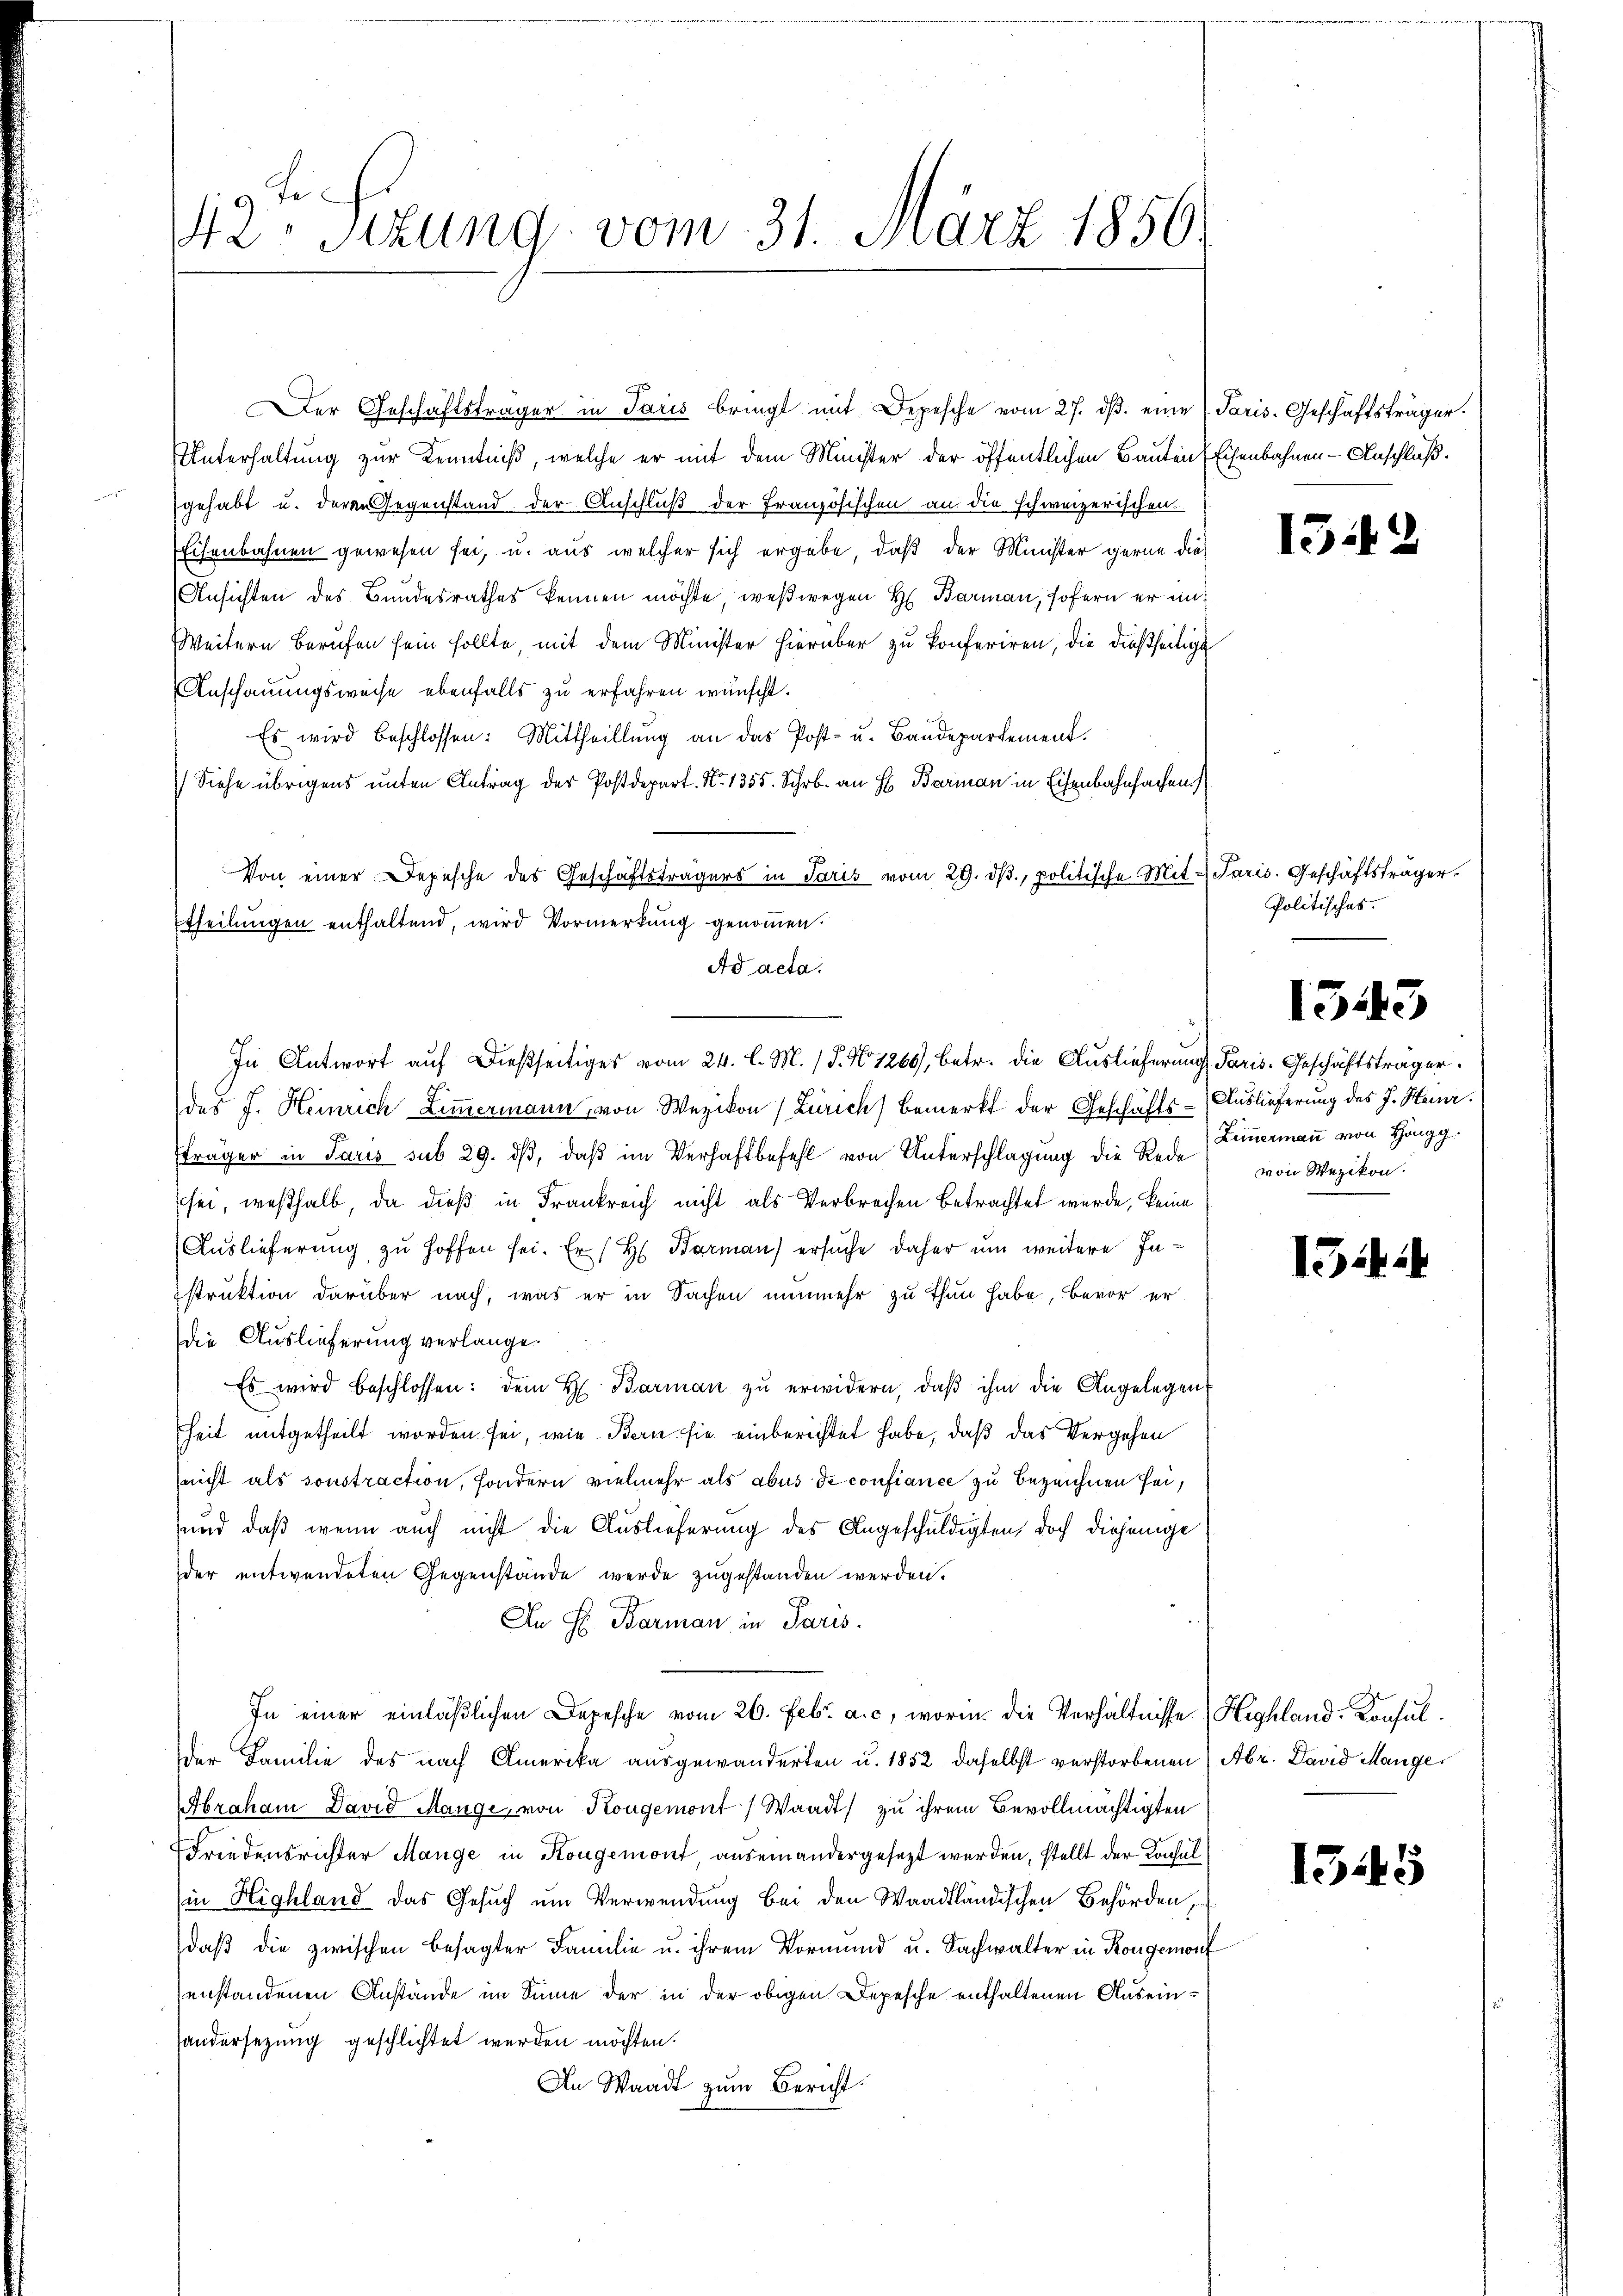
Fr
42. Sitzung vom 31. März 1856.

Der Geschäftsträger in Paris bringt mit Depesche vom 27. dβ. eine Paris. Geschäftsträger.
Unterhaltung zur Kenntniß, welche er mit dem Minister der öffentlichen Bauten Eisenbahnen - Anschluß.
gehabt u. deren Gegenstand der Anschluß der Französischen an die schweizerischen
Eisenbahnen gewesen sei, u. aus welcher sich ergäbe, daß der Minister gerne die¬

Ansichten des Bundesrathes kennen möchte; weßwegen H. Barmann, sofern er in
Weitern Berufen sein sollte, mit dem Minister hierüber zu konferiren, die dießseitige
Anschauungsweise ebenfalls zu erfahren wünscht.
Es wird beschlossen: Mittheillung an das Post- u. Baudepartement.
Siehe übrigens unten Antrag der Postdepart. No. 1355. Schr. an H. Baerman in Eisenbahnfachen
Von einer Depesche des Geschäftsträgers in Paris vom 29. dβ, politische Mit de
Etheilungen enthaltend, wird Vormerkung genommen.
Ad acta.
der J. Heinrich Zimmermann von Wezikon Zürich) bemerkt der Geschäfts-Auslieferung des J. Heinr.
sträger in Paris sub 29. dβ, daß im Verhaftbefehl von Unterschlagung die Rede Funermaṅ von Höngg
sei, weßhalb, da dieß in Frankreich nicht als Verbrechen betrachtet wurde, keine
Auslieferung zu hoffen sei. Er / H Barman) ersuche daher um weitere Instruktion darüber nach, was er in Sachen nunmehr zu thun habe, bevor er
die Auslieferung verlange.
Es wird beschlossen: dem H. Barmaṅ zŭ erwidern, daβ ihm die Angelegen
heit mitgetheilt worden sei, wie Bern sie einberichtet habe, daß das Vergehen
(nicht als sonstraction, sondern vielmehr als abus de confiance zu bezeichnen sei,
und daß wenn auch nicht die Auslieferung des Angeschuldigten, doch diejenige
der entwendeten Gegenstände werde zugestanden werden.
An H. Barman in Paris.
In einer einläßlichen Depesche vom 26. Febr. a. c., worin die Verhältnisse (Highland. Konsuldie Familie des nach Amerika ausgewanderten u. 1852, daselbst verstorbenen (Abr. David Mange
Abraham David Mange, von Kougemont (Waadt) zu ihrem Bevollmächtigten
Friedensrichter Mange in Kongemont, auseinandergesezt werden, stellt der Konsul
in Highland das Gesuch um Verwendung bei den Waadtländischen Behörden,
daß die zwischen besagter Familie u. ihrem Vormund u. Sachwalter in Rongemont
enstandenen Anstände im Sinne der in der obigen Depesche enthaltenen Auseinsandersezung geschlichtet werden möchten.
An Waadt zum Bericht.

In Antwort auf dießseitiges vom 24. l. M. (T. No 1260), betr. die Auslieferung Paris. Geschäftsträger

15

Paris. Geschäftsträger.
Politisches.

1343

von Wezikon.

154

1545